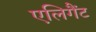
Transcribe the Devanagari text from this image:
एलिगैंट